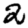
Digit: 2